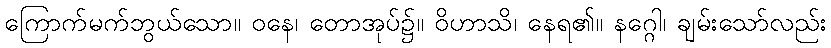
ကြောက်မက်ဘွယ်သော။ ဝနေ၊ တောအုပ်၌။ ဝိဟာသိ၊ နေရ၏။ နဂ္ဂေါ၊ ချမ်းသော်လည်း